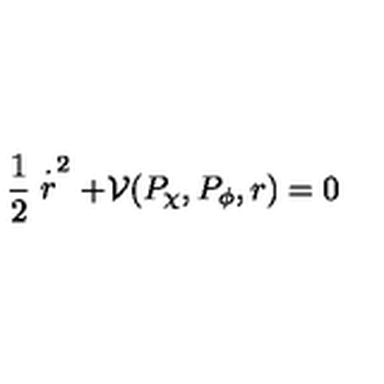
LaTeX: \frac { 1 } { 2 } \stackrel { \cdot } { r } ^ { 2 } + { \cal V } ( P _ { \chi } , P _ { \phi } , r ) = 0